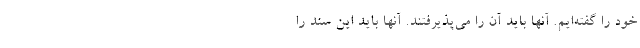
خود را گفته‌ایم. آنها باید آن را می‌پذیرفتند. آنها باید این سند را